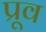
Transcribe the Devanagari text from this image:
प्रूव